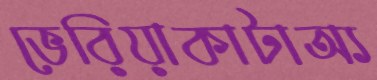
ভেরিয়াকাটাঅ্য